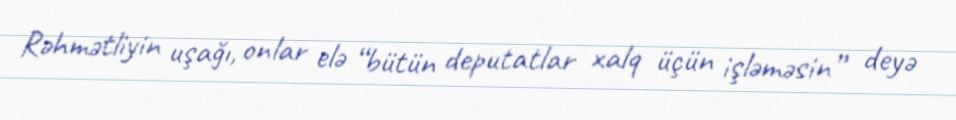
Rəhmətliyin uşağı, onlar elə “bütün deputatlar xalq üçün işləməsin” deyə